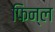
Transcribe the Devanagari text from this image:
फिन्ल